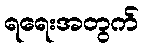
ရရေးအတွက်